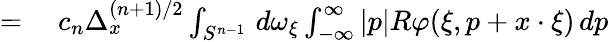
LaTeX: \begin{array}{rl}{={}}&{{}c_{n}\Delta_{x}^{(n+1)/2}\int_{S^{n-1}}\, d\omega_{\xi}\int_{-\infty}^{\infty}|p|R\varphi(\xi,p+x\cdot\xi)\, dp}\end{array}